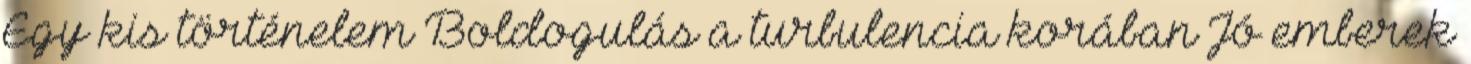
Egy kis történelem Boldogulás a turbulencia korában Jó emberek